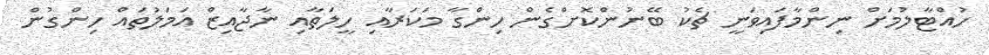
ހުއްޓާލުމަށް ނިންމާފައިވަނީ ޗެކު ބޭނުންކޮށްގެން ހިންގާ މަކަރާއި ހީލަތާއި ނާޖާއިޒް އަމަލުތައް ހިންގުން